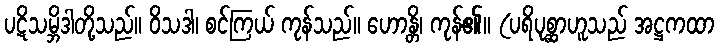
ပဋိသမ္ဘိဒါတို့သည်။ ဝိသဒါ၊ စင်ကြယ် ကုန်သည်။ ဟောန္တိ၊ ကုန်၏။ (ပရိပုစ္ဆာဟူသည် အဋ္ဌကထာ